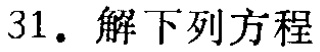
31. 解下列方程